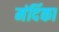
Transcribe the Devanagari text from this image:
मंदिंका